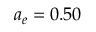
a _ { e } = 0 . 5 0